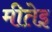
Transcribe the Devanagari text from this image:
मीतेइ